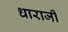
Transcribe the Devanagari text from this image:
धाराजी